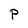
Character: P